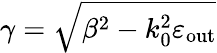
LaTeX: \gamma=\sqrt{\beta^{2}-k_{0}^{2}\varepsilon_{\mathrm{out}}}